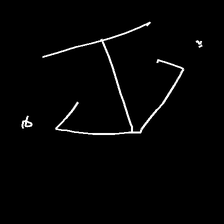
Glyph: earth